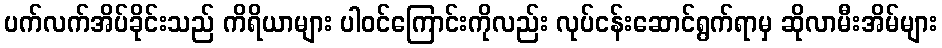
ပက်လက်အိပ်ခိုင်းသည် ကိရိယာများ ပါဝင်ကြောင်းကိုလည်း လုပ်ငန်းဆောင်ရွက်ရာမှ ဆိုလာမီးအိမ်များ